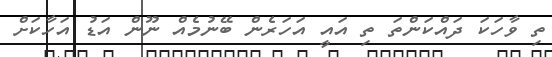
ތި ވާހަކަ ދައްކަންތަ ތި އައީ އަހަރެން ބޭނުމެއް ނޫން އަޑު އަހާކަށް